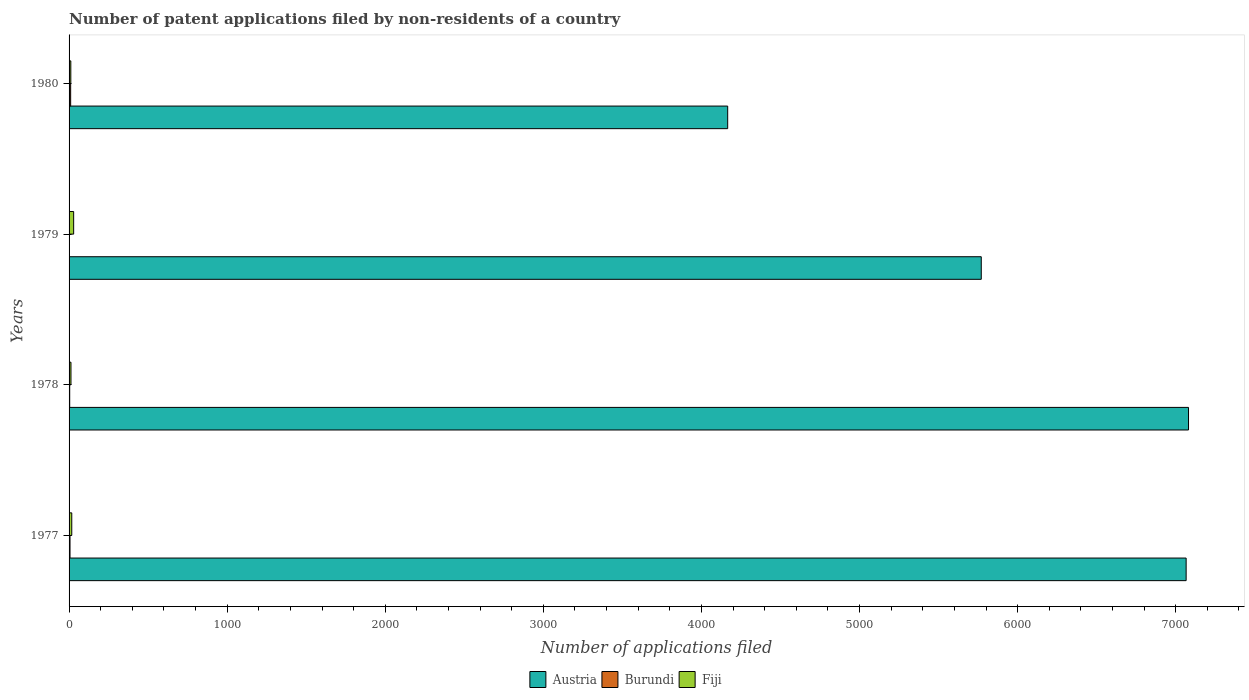
| Years | Austria | Burundi | Fiji |
 | --- | --- | --- | --- |
 | 1977 | 7.07e+03 | 6 | 17 |
 | 1978 | 7.08e+03 | 4 | 12 |
 | 1979 | 5.77e+03 | 1 | 29 |
 | 1980 | 4.17e+03 | 10 | 11 |